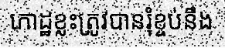
កោដ្ឋខ្លះត្រូវបានរុំខ្ចប់នឹង